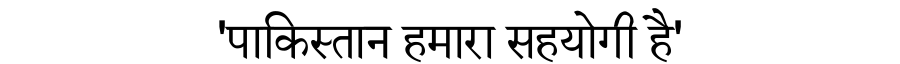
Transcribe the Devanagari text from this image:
'पाकिस्तान हमारा सहयोगी है'